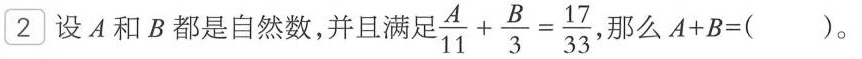
2 设 A 和 B 都是自然数，并且满足 $$\frac { A } { 1 1 } + \frac { B } { 3 } = \frac { 1 7 } { 3 3 }$$ ，那么$$A + B = ( )$$。